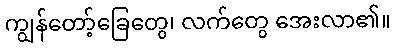
ကျွန်တော့်ခြေတွေ၊ လက်တွေ အေးလာ၏။